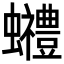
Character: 𧕬